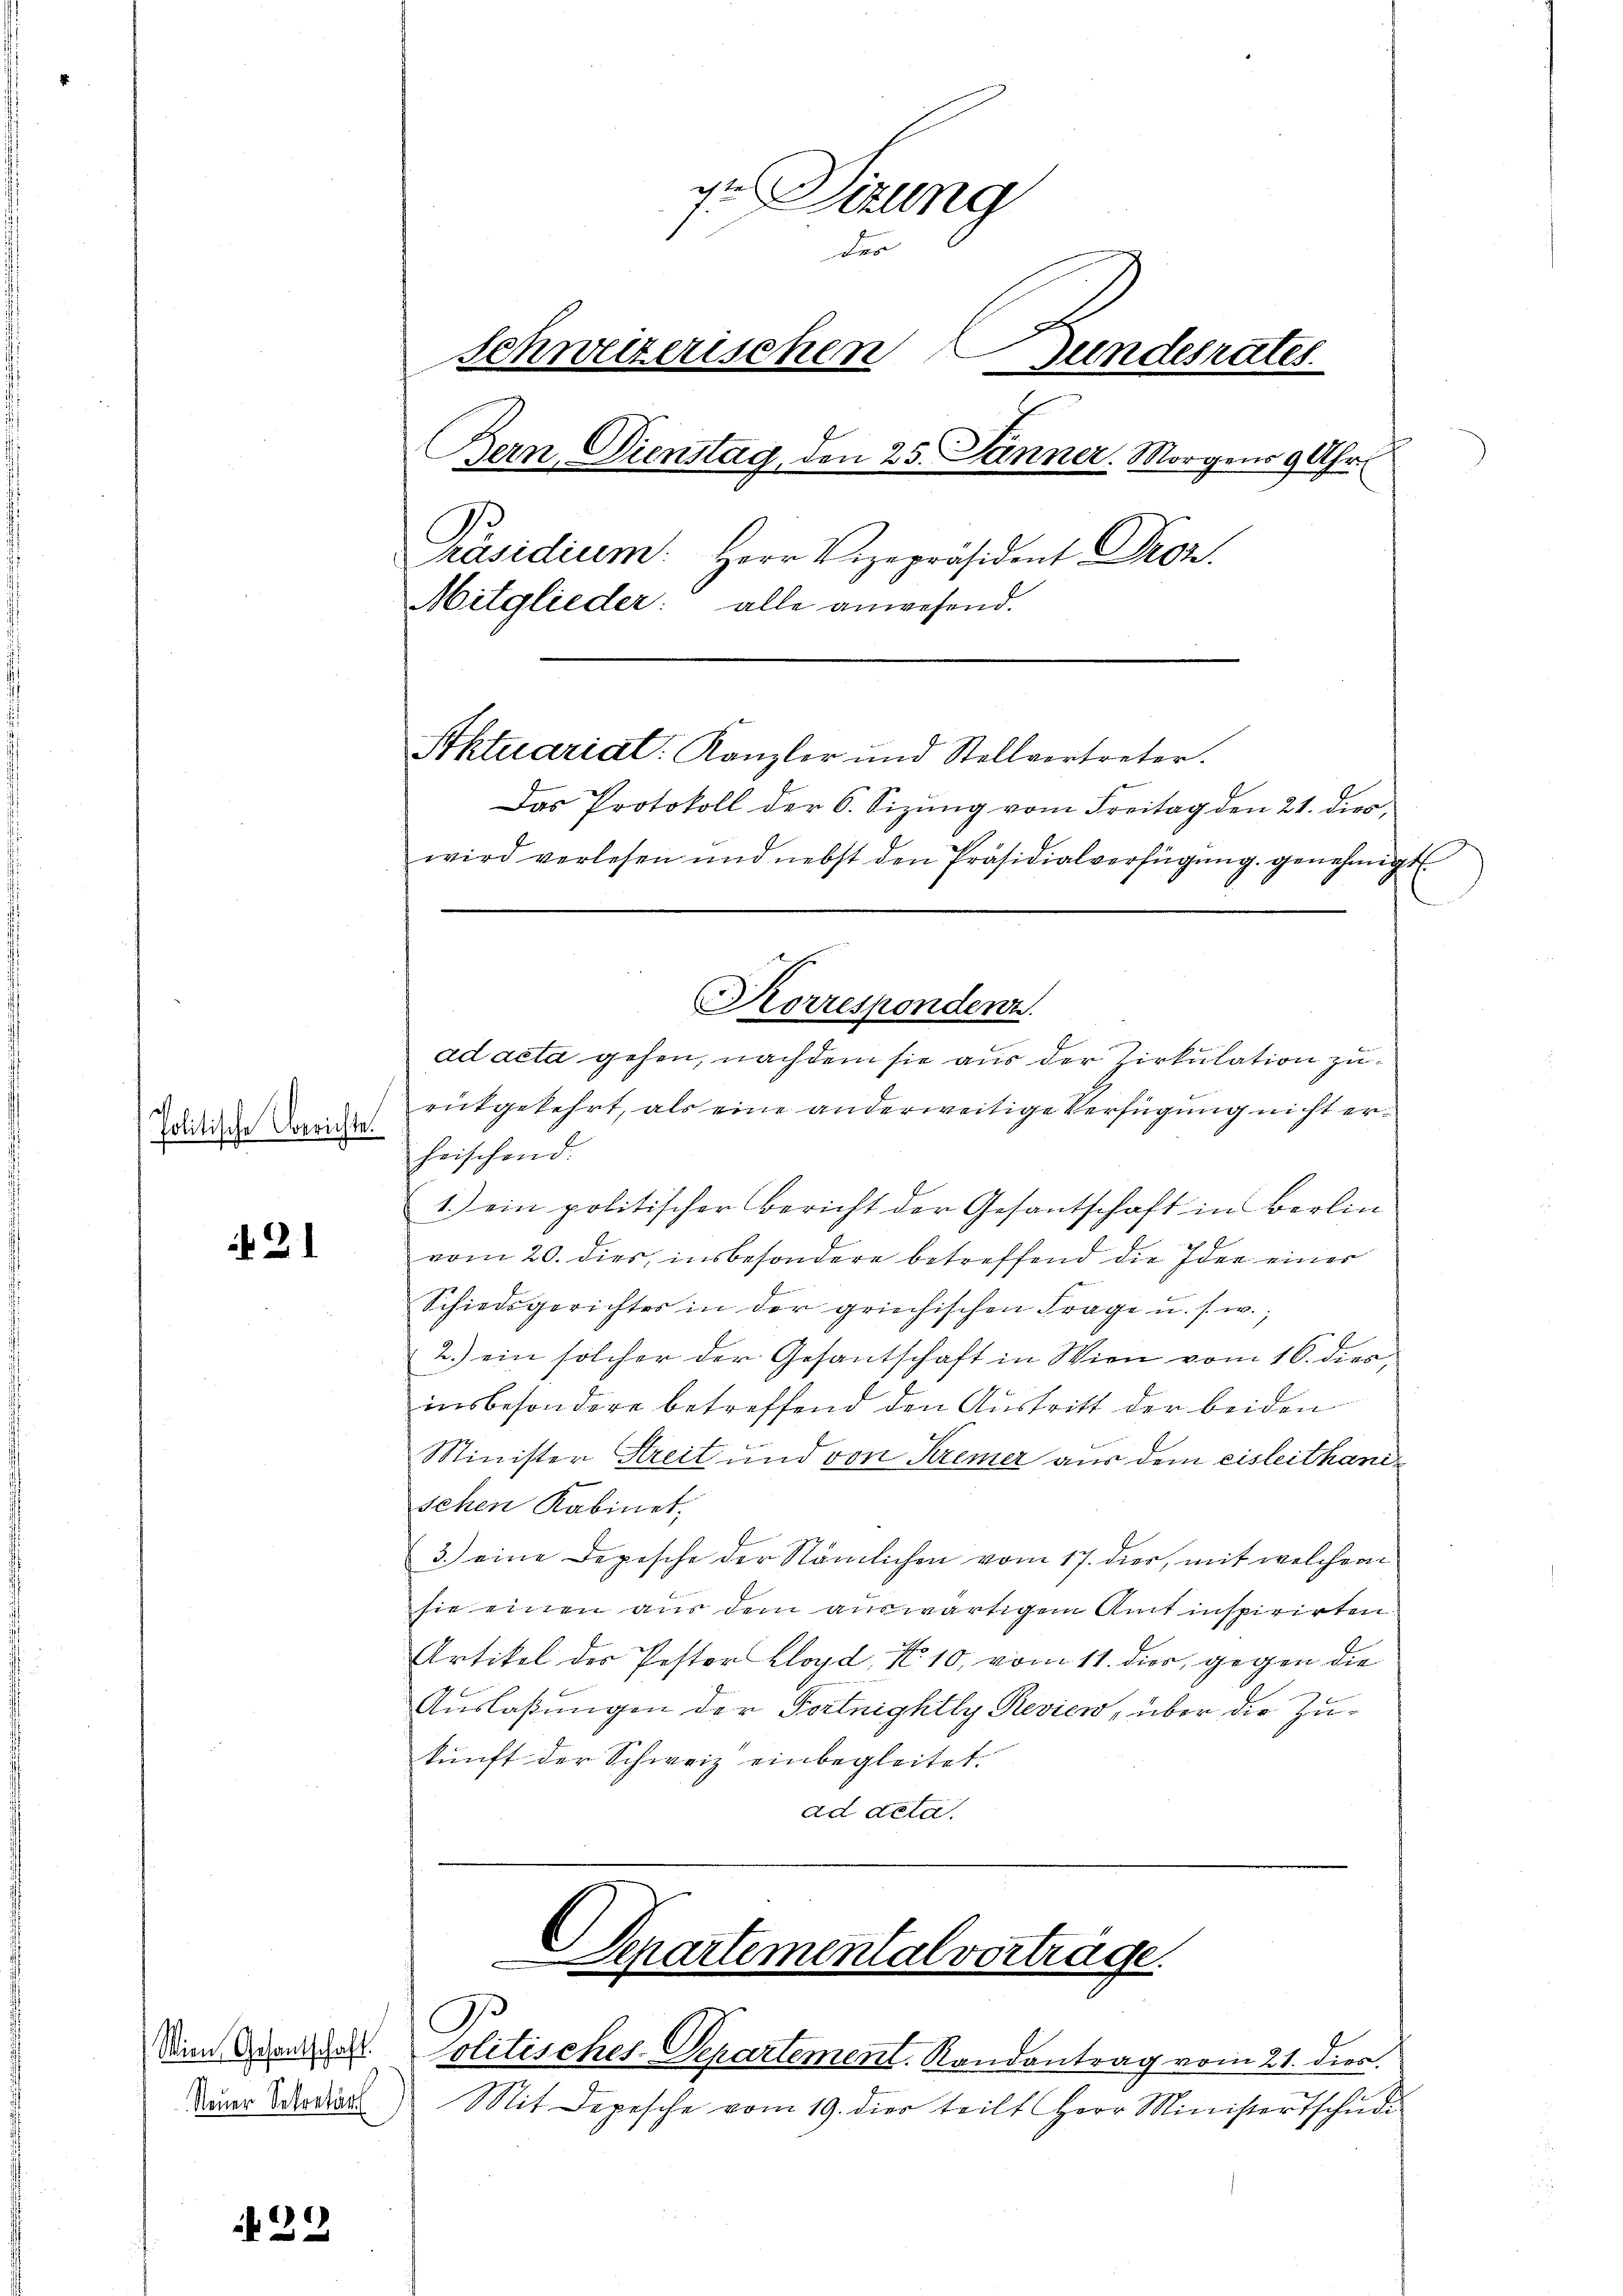
Politische Berichte.

2.

Wien Gesantschaft.
Neuer Sekretärs

22

dr Sitzung
der
Schweizerischen Gundesratel
Bern, Dienstag, den 25. Jänner. Morgens 9 Uhr
Präsidium. Herr Vizepräsident Droz.
Mitglieder: alle anwesend.
Aktuariat: Kanzler und Stellvertreter.
Das Protokoll der 6. Sizung vom Freitag den 21. die
wird verlesen und nebst den Präsidialverfügŭng genehmigt.

ad acta gehen, nachdem sie aus der Zirkulation zurückgekehrt, als eine anderweitige Verfügung nicht erheischend.
1.) ein politischer Bericht der Gesantschaft in Berlin
vom 20. dies, insbesondere betreffend die Idee einer
Schiedsgerichter in der griechischen Frage u. s. w.
2.) ein solcher der Gesantschaft in Wien vom 16. dies
insbesondere betreffend den Austritt der beiden
Minister Streit und von Kremer aus dem Eisleithani¬
K
sehen Kabinet,
3.) eine Depesche der Nämlichen vom 17. dies, mit welchem
sie einen aus dem auswärtigem Amt inspirirten
Artikel der Pastor Lloyd N. 10, vom 11. dies, gegen die
Auslassungen der Fortnightly Revien, über die Zukunft der Schweiz einbegleitet.
ad acta.

Korrespondenz.

Departemental vortrage.
Politisches-Departement. Randantrag vom 21. dies.

Mit Depesche vom 19. dier teilt Herr Ministertschudi